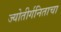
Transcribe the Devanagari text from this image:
ज्योतीर्गनिताचा